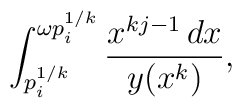
\int_{p_i^{1/k}}^{\omega p_i^{1/k}}\frac{x^{kj-1}\,dx}{y(x^k)},